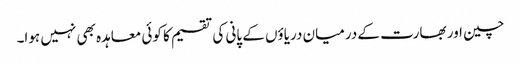
چین اور بھارت کے درمیان دریاؤں کے پانی کی تقسیم کا کوئی معاہدہ بھی نہیں ہوا۔